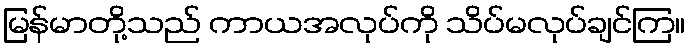
မြန်မာတို့သည် ကာယအလုပ်ကို သိပ်မလုပ်ချင်ကြ။